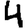
Digit: 4